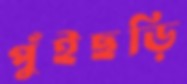
পুঁইছড়ি